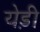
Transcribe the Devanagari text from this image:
येड़ी